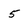
Character: 5